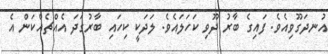
އުނދަގޫވިއެވެ. ފައިގެ ބާރު ދޫވި ކަހަލައެވެ. ލަދަކީ ކިހައި ބާރުގަދަ އެއްޗެއްކަން އެ